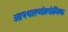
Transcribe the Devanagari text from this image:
ओफ्थाल्मोलोगिक